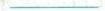
___